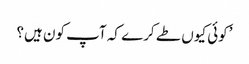
’کوئی کیوں طے کرے کہ آپ کون ہیں؟